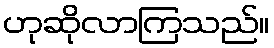
ဟုဆိုလာကြသည်။